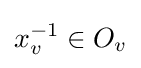
x_{v}^{-1}\in O_{v}